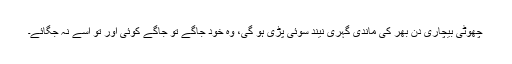
چھوٹی بیچاری دن بھر کی ماندی گہری نیند سوئی پڑی ہو گی، وہ خود جاگے تو جاگے کوئی اور تو اسے نہ جگائے۔